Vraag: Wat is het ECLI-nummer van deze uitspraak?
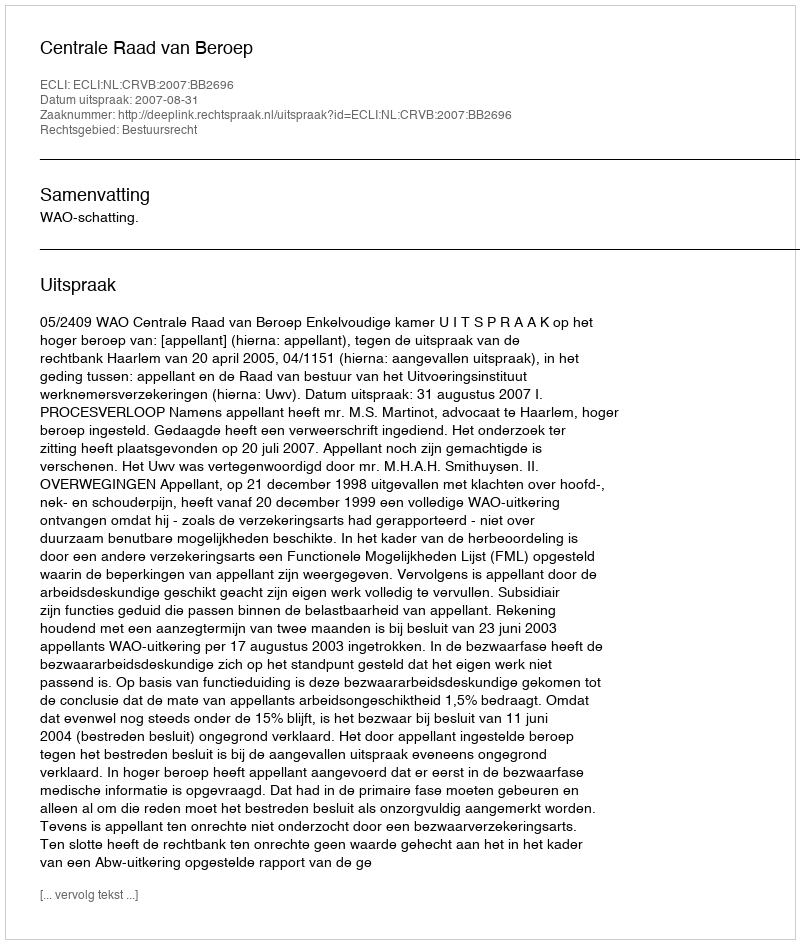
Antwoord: ECLI:NL:CRVB:2007:BB2696